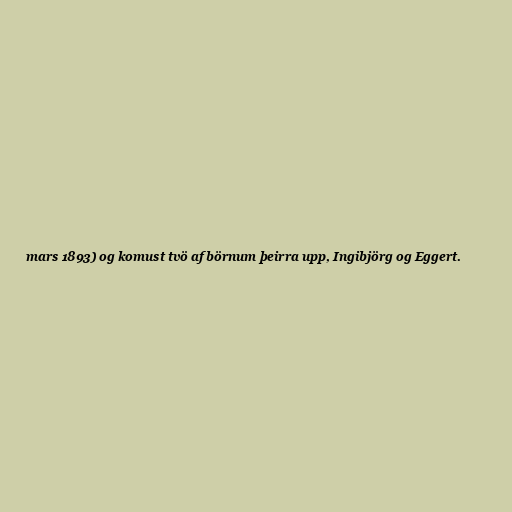
mars 1893) og komust tvö af börnum þeirra upp, Ingibjörg og Eggert.